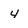
Character: 4